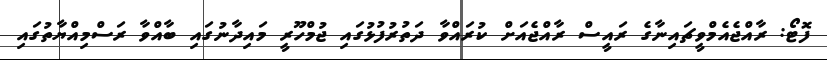
ފޮޓޯ: ރާއްޖެއެމްވީޗައިނާގެ ރައީސް ރާއްޖެއަށް ކުރައްވާ ދަތުރުފުޅުގައި ޖުމްހޫރީ މައިދާނުގައި ބާއްވާ ރަސްމިއްޔާތުގައި